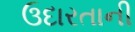
ઉદારતાની